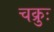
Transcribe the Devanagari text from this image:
चक्रुः